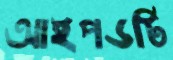
আইপডটি